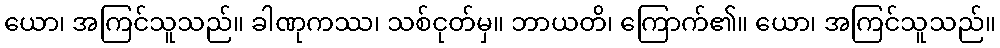
ယော၊ အကြင်သူသည်။ ခါဏုကဿ၊ သစ်ငုတ်မှ။ ဘာယတိ၊ ကြောက်၏။ ယော၊ အကြင်သူသည်။